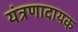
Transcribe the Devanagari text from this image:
यंत्रणादायक